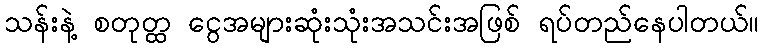
သန်းနဲ့ စတုတ္ထ ငွေအများဆုံးသုံးအသင်းအဖြစ် ရပ်တည်နေပါတယ်။